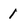
Character: 1